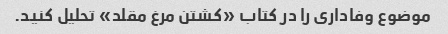
موضوع وفاداری را در کتاب «کشتن مرغ مقلد» تحلیل کنید.